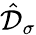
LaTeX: \hat{\mathcal{D}}_{\sigma}